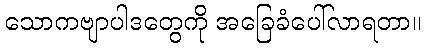
သောကဗျာပါဒတွေကို အခြေခံပေါ်လာရတာ။